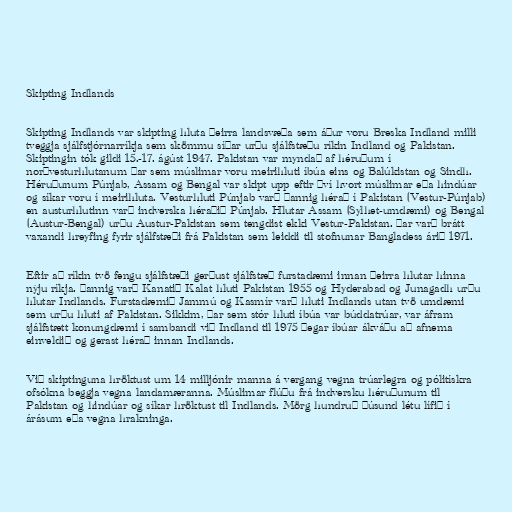
Skipting Indlands

Skipting Indlands var skipting hluta þeirra landsvæða sem áður voru Breska Indland milli
tveggja sjálfstjórnarríkja sem skömmu síðar urðu sjálfstæðu ríkin Indland og Pakistan.
Skiptingin tók gildi 15.-17. ágúst 1947. Pakistan var myndað af héruðum í
norðvesturhlutanum þar sem múslimar voru meirihluti íbúa eins og Balúkistan og Sindh.
Héruðunum Púnjab, Assam og Bengal var skipt upp eftir því hvort múslimar eða hindúar
og síkar voru í meirihluta. Vesturhluti Púnjab varð þannig hérað í Pakistan (Vestur-Púnjab)
en austurhlutinn varð indverska héraðið Púnjab. Hlutar Assam (Sylhet-umdæmi) og Bengal
(Austur-Bengal) urðu Austur-Pakistan sem tengdist ekki Vestur-Pakistan. Þar varð brátt
vaxandi hreyfing fyrir sjálfstæði frá Pakistan sem leiddi til stofnunar Bangladess árið 1971.

Eftir að ríkin tvö fengu sjálfstæði gerðust sjálfstæð furstadæmi innan þeirra hlutar hinna
nýju ríkja. Þannig varð Kanatið Kalat hluti Pakistan 1955 og Hyderabad og Junagadh urðu
hlutar Indlands. Furstadæmið Jammú og Kasmír varð hluti Indlands utan tvö umdæmi
sem urðu hluti af Pakistan. Sikkim, þar sem stór hluti íbúa var búddatrúar, var áfram
sjálfstætt konungdæmi í sambandi við Indland til 1975 þegar íbúar ákváðu að afnema
einveldið og gerast hérað innan Indlands.

Við skiptinguna hröktust um 14 milljónir manna á vergang vegna trúarlegra og pólitískra
ofsókna beggja vegna landamæranna. Múslimar flúðu frá indversku héruðunum til
Pakistan og hindúar og síkar hröktust til Indlands. Mörg hundruð þúsund létu lífið í
árásum eða vegna hrakninga.